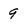
Character: 9